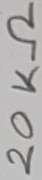
Text: 20KΩ